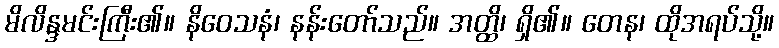
မိလိန္ဒမင်းကြီး၏။ နိဝေသနံ၊ နန်းတော်သည်။ အတ္ထိ၊ ရှိ၏။ တေန၊ ထိုအရပ်သို့။